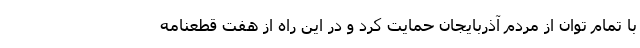
با تمام توان از مردم آذربایجان حمایت کرد و در این راه از هفت قطعنامه